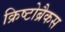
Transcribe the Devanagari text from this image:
क्रिष्टोब्रैकस